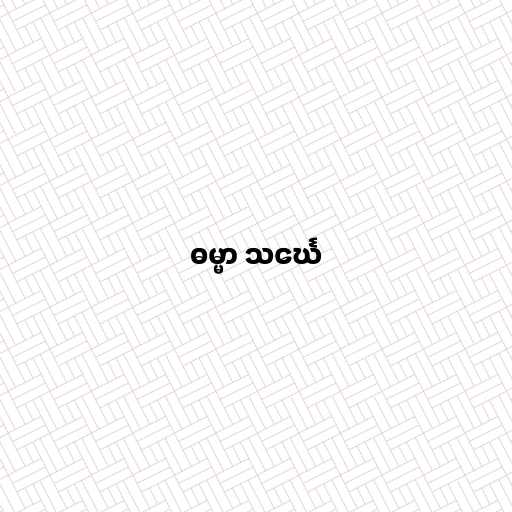
ဓမ္မာ သင်္ဃေ